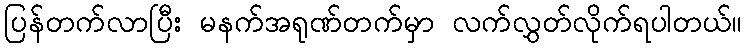
ပြန်တက်လာပြီး မနက်အရုဏ်တက်မှာ လက်လွှတ်လိုက်ရပါတယ်။